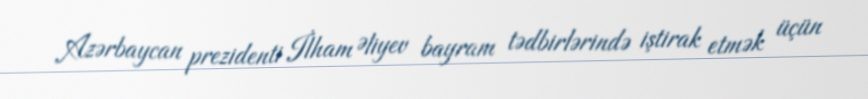
Azərbaycan prezidenti İlham Əliyev bayram tədbirlərində iştirak etmək üçün